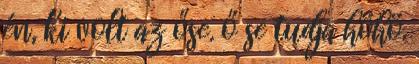
én, ki volt az őse. ő se tudja höhö.